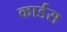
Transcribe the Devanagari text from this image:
कार्डस